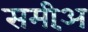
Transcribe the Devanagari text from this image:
समीअ़